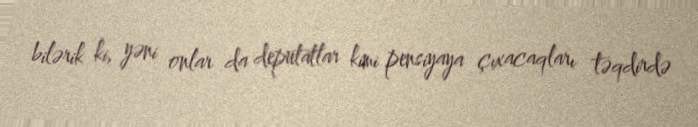
bilərik ki, yəni onlar da deputatlar kimi pensiyaya çıxacaqları təqdirdə